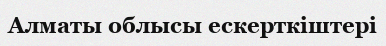
Алматы облысы ескерткіштері